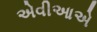
એવીઆએ